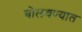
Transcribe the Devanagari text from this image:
बोलवण्यात